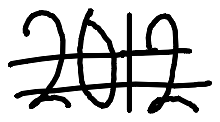
Text: 2012.
Cross-out: double-line
Writing tool: digital_black